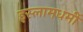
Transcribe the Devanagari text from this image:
इस्लामधर्मी